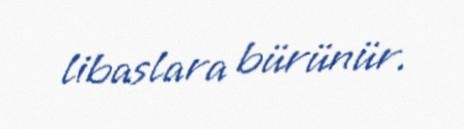
libaslara bürünür.